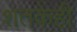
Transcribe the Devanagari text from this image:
शतकेही